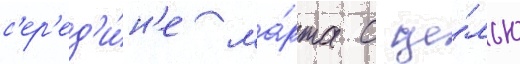
с'ер'ед'и́н'е ма́рта с це́лью